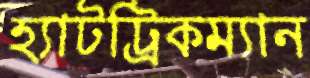
হ্যাটট্রিকম্যান